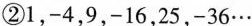
②1，-4，9，-16，25，-36…